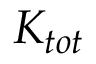
K _ { t o t }